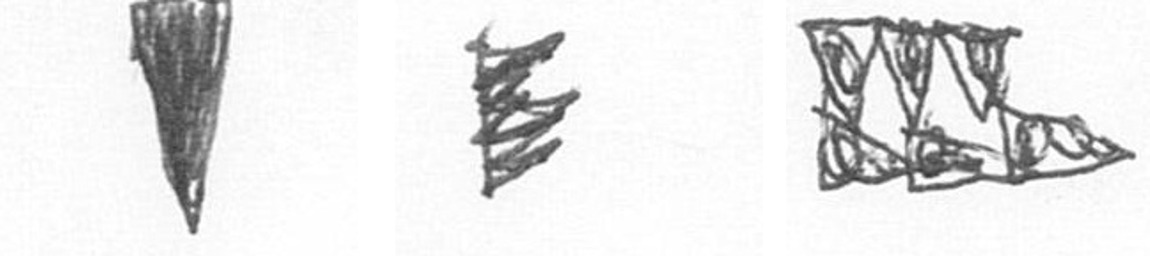
J H D